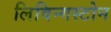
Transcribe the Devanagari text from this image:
लिविन्गस्टोन